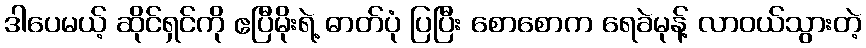
ဒါပေမယ့် ဆိုင်ရှင်ကို ဧပြီမိုးရဲ့ ဓာတ်ပုံ ပြပြီး စောစောက ရေခဲမုန့် လာဝယ်သွားတဲ့